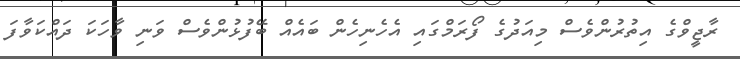
ރާޖީވްގެ އިތުރުންވެސް މިއަދުގެ ފޯރަމްގައި އެހެނިހެން ބައެއް ބޭފުޅުންވެސް ވަނި ވާހަކަ ދައްކަވާފަ